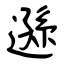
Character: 遜